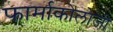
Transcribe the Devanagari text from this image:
फार्माकोलोजी